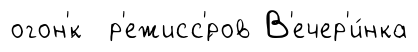
огон'́к р'ежисс'́ров В'ечер'и́нка